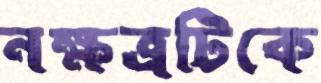
নক্ষত্রটিকে